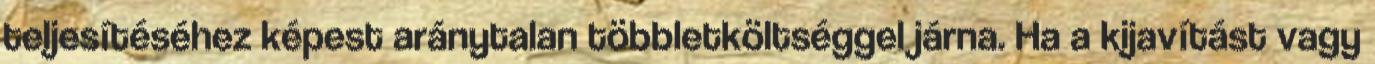
teljesítéséhez képest aránytalan többletköltséggel járna. Ha a kijavítást vagy